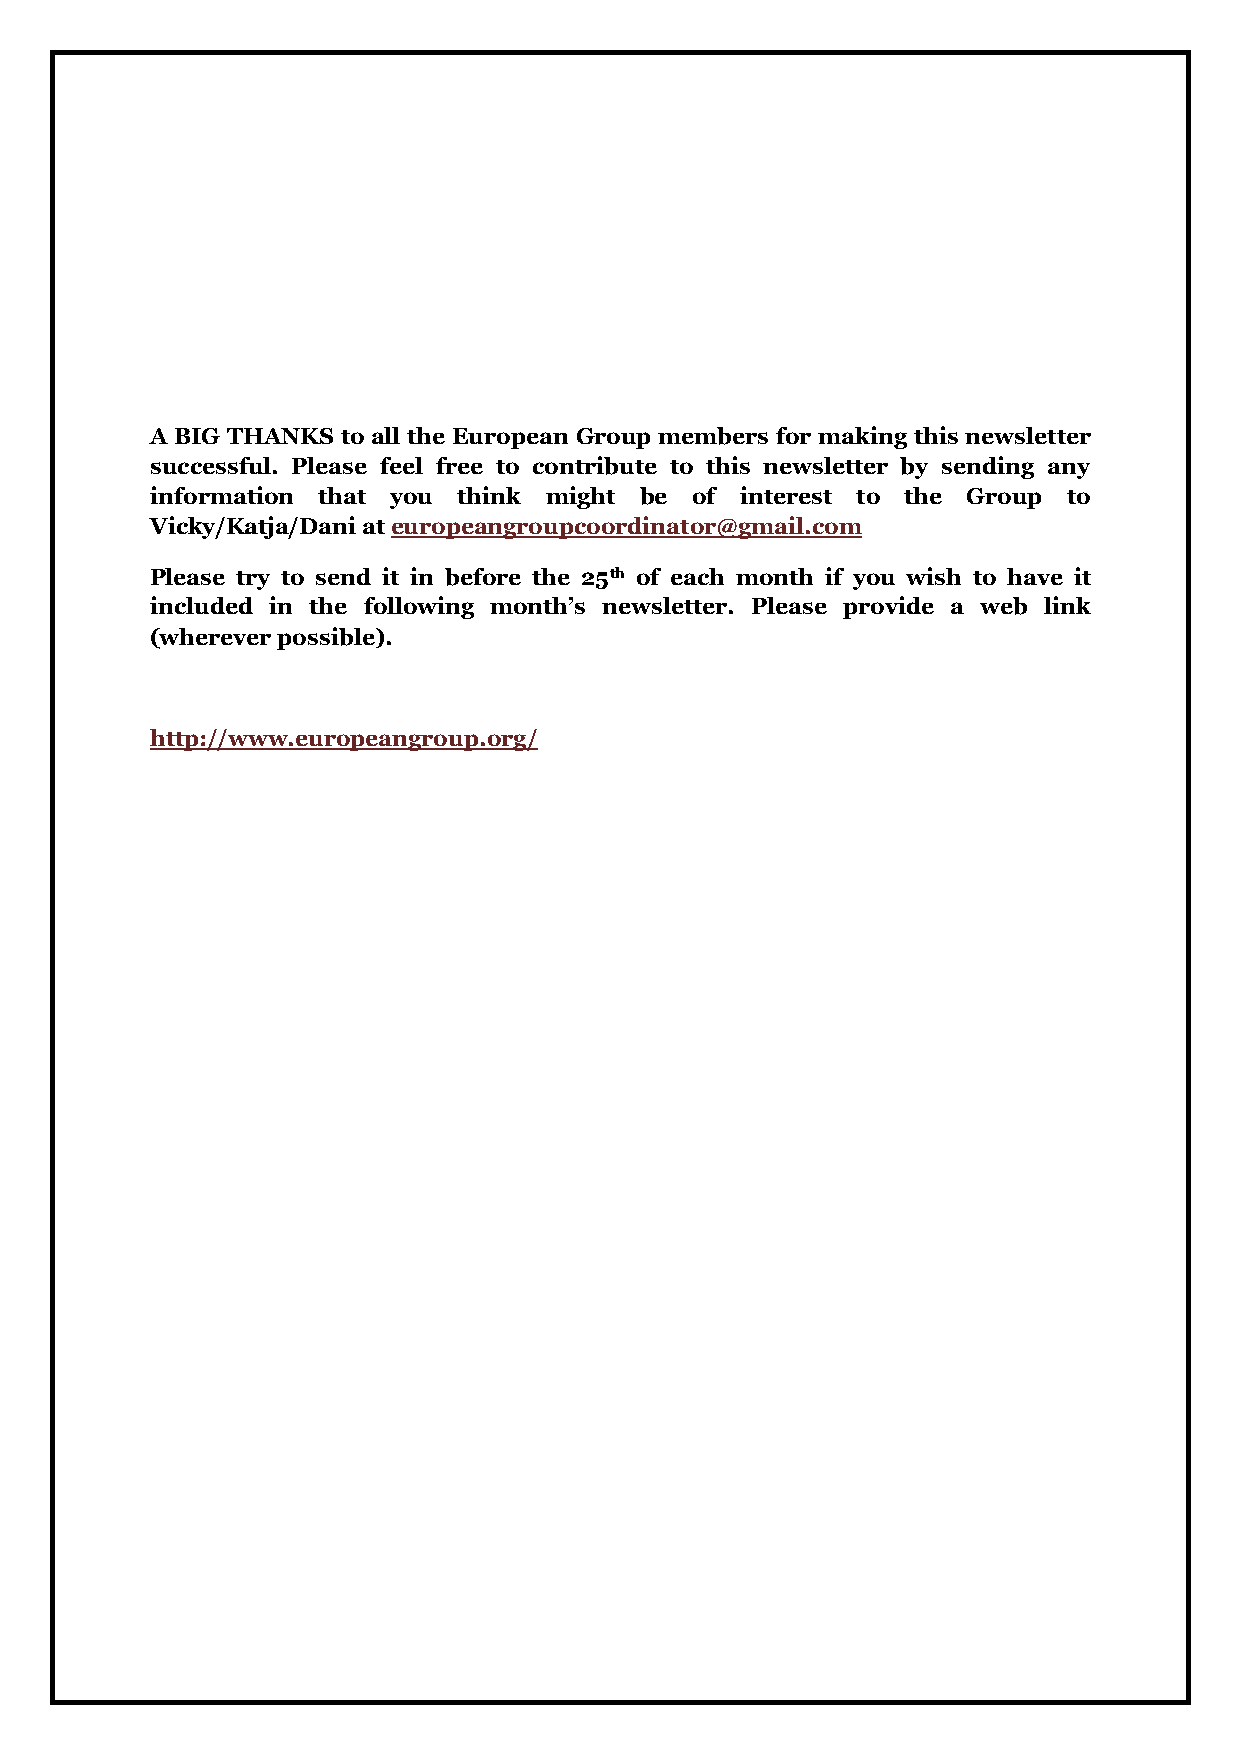
A BIG THANKS to all the European Group members for making this newsletter
 successful. Please feel free to contribute to this newsletter by sending any
 information that you think might be of interest to the Group to
 Vicky/Katja/Dani at europeangroupcoordinator@gmail.com
 Please try to send it in before the 25th of each month if you wish to have it
 included in the following month’s newsletter. Please provide a web link
 (wherever possible).
 http://www.europeangroup.org/